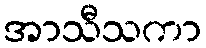
အာသီသကာ